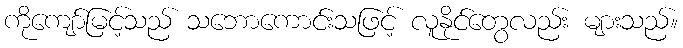
ကိုကျော်မြင့်သည် သဘောကောင်းသဖြင့် လူနိုင်တွေလည်း များသည်။